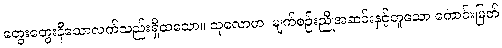
တွေးတွေးနီသောလက်သည်းရှိထသော။ သုလောမာ၊ မျက်စဉ်းညိုအဆင်းနှင့်တူသော ကောင်းမြတ်